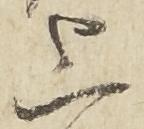
上